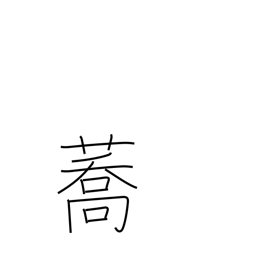
Meaning: buckwheat